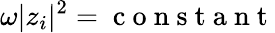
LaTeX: \omega|z_{i}|^{2}=\mathrm{~c~o~n~s~t~a~n~t~}